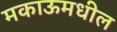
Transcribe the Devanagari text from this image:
मकाऊमधील